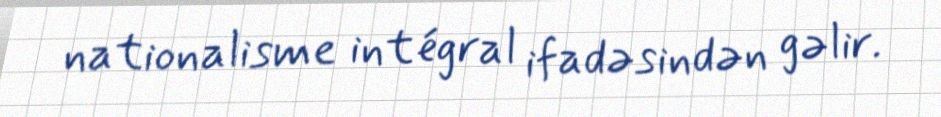
nationalisme intégral ifadəsindən gəlir.